Indian journal of veterinary science and animal husbandry - Volumes 24-25, 1954-1955
Year: 1954
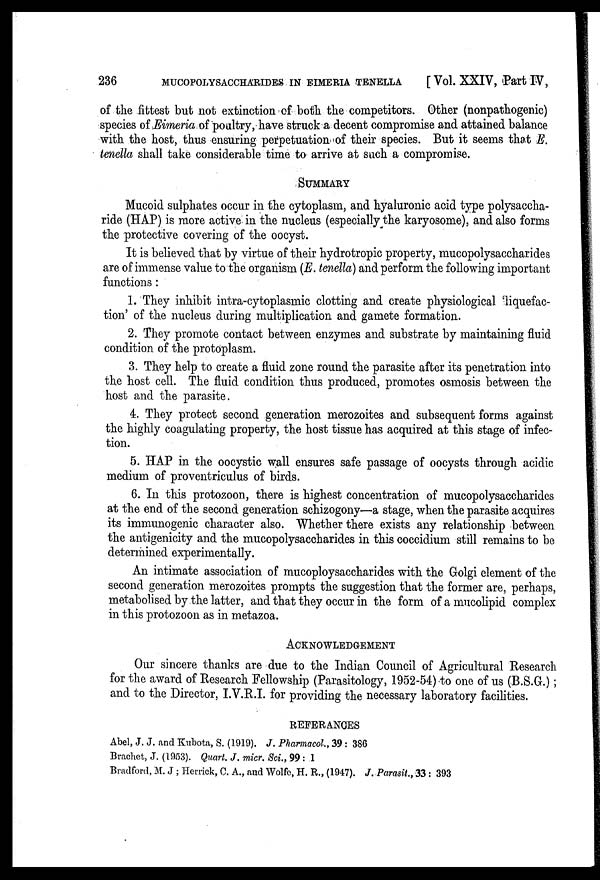
236
MUCOPOLYSACCHARIDES IN EIMERIA TENELLA
[ Vol. XXIV, Part IV,
of the fittest but not extinction of both the competitors. Other (nonpathogenic)
species of Eimeria of poultry, have struck a decent compromise and attained balance
with the host, thus ensuring perpetuation of their species. But it seems that E.
tenella shall take considerable time to arrive at such a compromise.
SUMMARY
Mucoid sulphates occur in the cytoplasm, and hyaluronic acid type polysaccha-
ride (HAP) is more active in the nucleus (especially the karyosome), and also forms
the protective covering of the oocyst.
It is believed that by virtue of their hydrotropic property, mucopolysaccharides
are of immense value to the organism (E. tenella) and perform the following important
functions :
1. They inhibit intra-cytoplasmic clotting and create physiological 'liquefac-
tion' of the nucleus during multiplication and gamete formation.
2. They promote contact between enzymes and substrate by maintaining fluid
condition of the protoplasm.
3. They help to create a fluid zone round the parasite after its penetration into
the host cell. The fluid condition thus produced, promotes osmosis between the
host and the parasite.
4. They protect second generation merozoites and subsequent forms against
the highly coagulating property, the host tissue has acquired at this stage of infec-
tion.
5. HAP in the oocystic wall ensures safe passage of oocysts through acidic
medium of proventriculus of birds.
6. In this protozoon, there is highest concentration of mucopolysaccharides
at the end of the second generation schizogony—a stage, when the parasite acquires
its immunogenic character also. Whether there exists any relationship between
the antigenicity and the mucopolysaccharides in this coccidium still remains to be
determined experimentally.
An intimate association of mucoploysaccharides with the Golgi element of the
second generation merozoites prompts the suggestion that the former are, perhaps,
metabolised by the latter, and that they occur in the form of a mucolipid complex
in this protozoon as in metazoa.
ACKNOWLEDGEMENT
Our sincere thanks are due to the Indian Council of Agricultural Research
for the award of Research Fellowship (Parasitology, 1952-54) to one of us (B.S.G.) ;
and to the Director, I.V.R.I. for providing the necessary laboratory facilities.
REFERANCES
Abel, J. J. and Kubota, S. (1919). J. Pharmacol., 39 : 386
Brachet, J. (1953). Quart. J. micr. Sci., 99 : 1
Bradford, M. J ; Herrick, C. A., and Wolfe, H. R., (1947). J. Parasit., 33 : 393